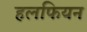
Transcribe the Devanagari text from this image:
हलफियन